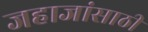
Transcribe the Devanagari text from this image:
जहाजांसाठी